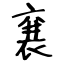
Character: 㐮